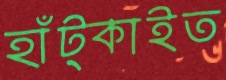
হাঁট্‌কাইত